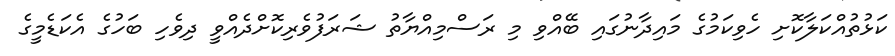
ކަޅުތުއްކަލާކޮށި ހެވިކަމުގެ މައިދާނުގައި ބޭއްވި މި ރަސްމިއްޔާތު ޝަރަފުވެރިކޮށްދެއްވީ ދިވެހި ބަހުގެ އެކަޑެމީގެ